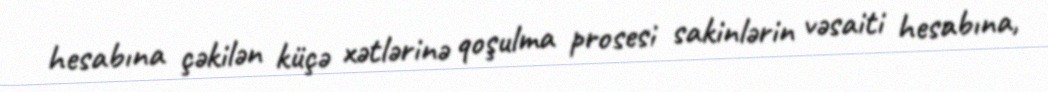
hesabına çəkilən küçə xətlərinə qoşulma prosesi sakinlərin vəsaiti hesabına,